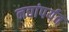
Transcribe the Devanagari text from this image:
नद्यांपर्यत